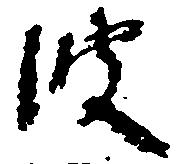
波